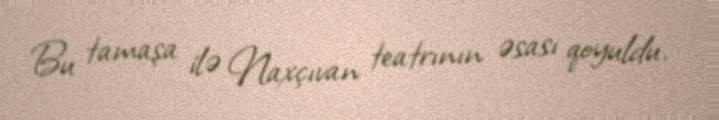
Bu tamaşa ilə Naxçıvan teatrının əsası qoyuldu.